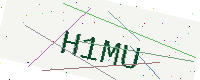
Text: H1MU